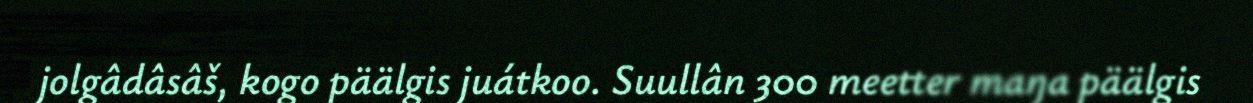
jolgâdâsâš, kogo päälgis juátkoo. Suullân 300 meetter maŋa päälgis